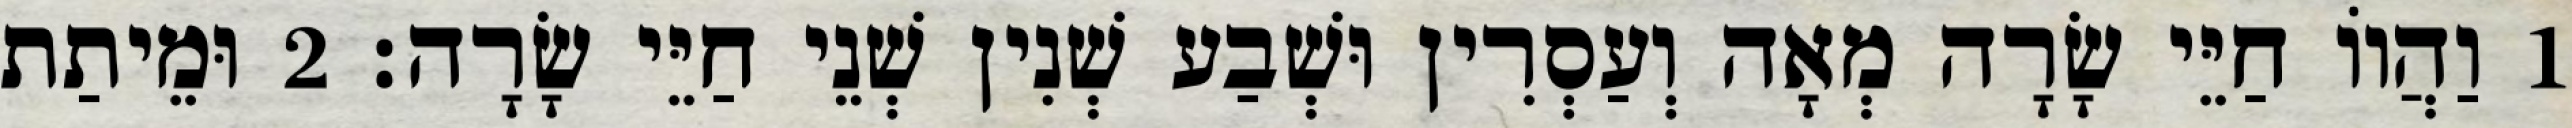
1 וַהֲווֹ חַיֵּי שָׂרָה מְאָה וְעַסְרִין וּשְׁבַע שְׁנִין שְׁנֵי חַיֵּי שָׂרָה׃ 2 וּמֵיתַת